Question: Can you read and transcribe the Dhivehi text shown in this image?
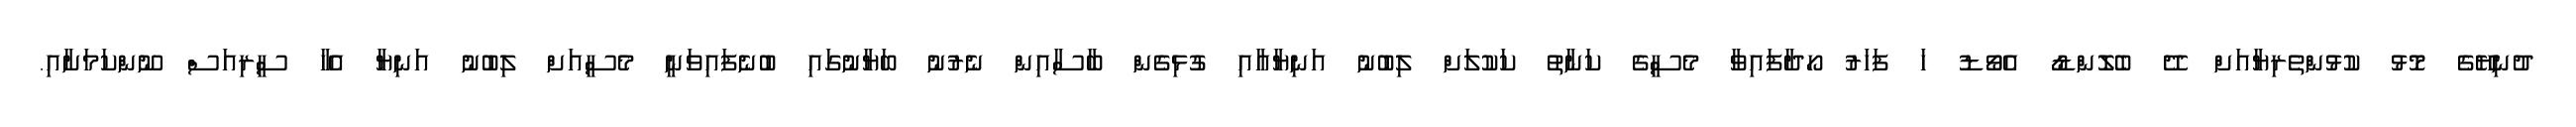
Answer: ދުނިޔޭގެ މޮޅު ކުޅުންތެރިޔާއަށް ދޭ ބެލޮންޑޯ އެވޯޑު ހަ ފަހަރު ހޯދާފައިވާ މެސީގެ ކަނާތު ކަކުލަށް ލިބުނު އަނިޔާއާއި ގުޅިގެން ބާސާއިން ނެރުނު ބަޔާނުގައި ބުނެފައިވަނީ މެސީއަށް ލިބުނު އަނިޔާ އެހާ ސީރިއަސް ނޫންކަމަށާއި.